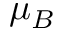
\mu _ { B }